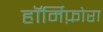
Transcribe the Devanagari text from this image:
हॉर्मिफ़ोरा